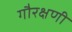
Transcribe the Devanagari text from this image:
गौरक्षणी